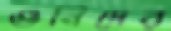
গুনিদের